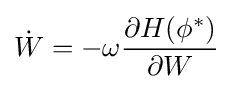
{\dot {W}}=-\omega {\frac {\partial H(\phi ^{*})}{\partial W}}